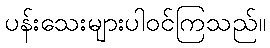
ပန်းသေးများပါဝင်ကြသည်။